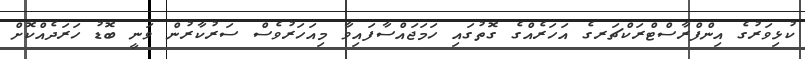
ކުޅިވަރުގެ އިންފްރާސްޓްރަކްޗަރގެ އަހަރެއްގެ ގޮތުގައި ހަމަޖައްސާފައިވާ މިއަހަރުވެސް ސަރުކާރުން ވަނީ ބޮޑު ހަރަދެއްކޮށް